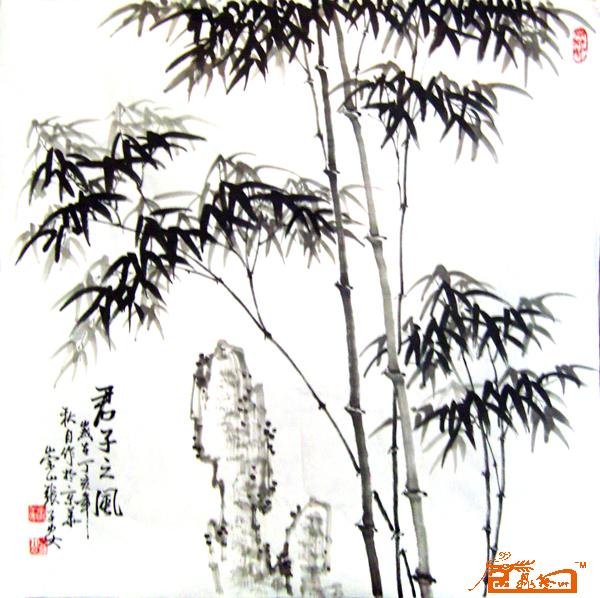
君子不畏虎，独畏谗夫之口。